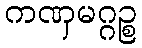
ကဏှမဂ္ဂဉ္စ